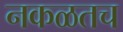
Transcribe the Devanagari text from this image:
नकळतच